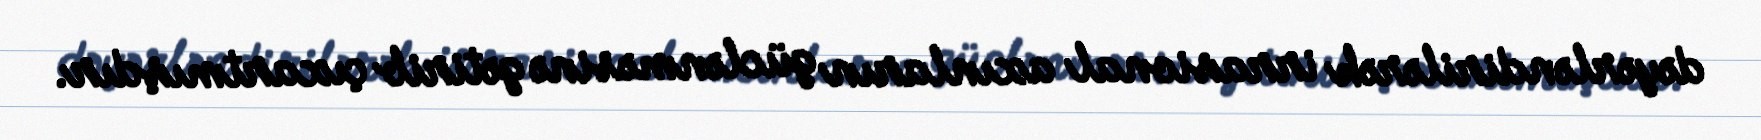
dəyərləndirilərək irrasional axınların güclənməsinə gətirib çıxartmışdır.